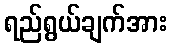
ရည်ရွယ်ချက်အား